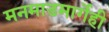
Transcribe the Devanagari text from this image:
मनमाडमार्गेही